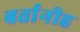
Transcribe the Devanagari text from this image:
बर्तानीह